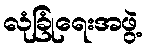
လုံခြုံရေးအဖွဲ့